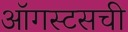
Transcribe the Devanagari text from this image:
ऑगस्टसची